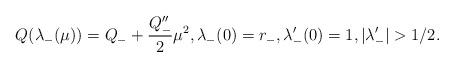
LaTeX: \begin{align*}Q(\lambda_-(\mu))=Q_- + \frac{Q''_-}{2}\mu^2, \lambda_-(0)=r_-,\lambda_-'(0)=1,|\lambda_-'|>1/2.\end{align*}